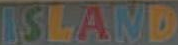
ISLAND